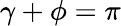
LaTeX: \gamma+\phi=\pi